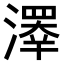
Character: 𤀎